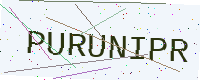
Text: PURUNIPR